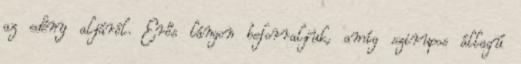
az edény aljáról. Erős lángon beforraljuk, amíg szirupos állagú